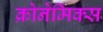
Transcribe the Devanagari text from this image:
क्रोनेमिक्स